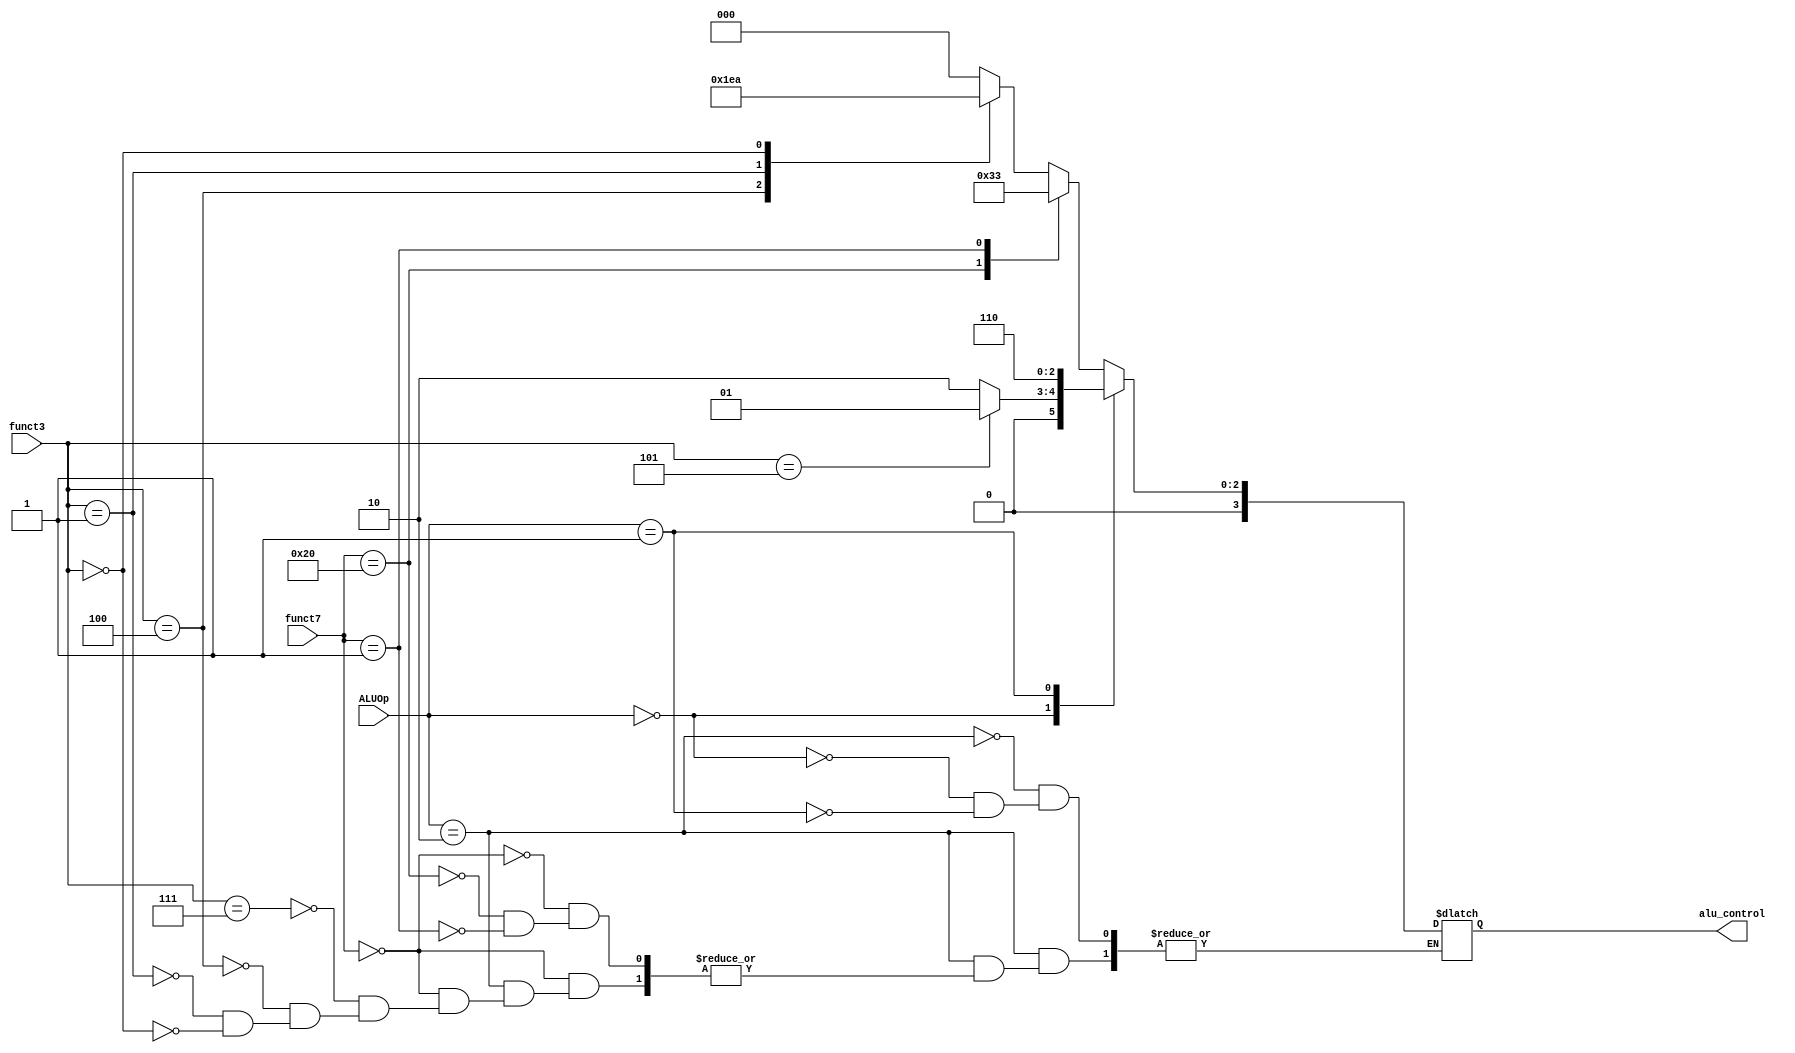
module ALU_Control
(
    ALUOp,
    funct3,
    funct7,
    alu_control
);

// Interface
input   [1:0]       ALUOp;
input   [6:0]       funct7;
input   [2:0]       funct3;
output  [3:0]       alu_control;    // currently total 8 instructions => 3 control bits

reg     [3:0]       alu_control;

always@(*) begin
    case(ALUOp)
        // r-type
        2'b10 : case(funct7)
            7'b0000000 : case(funct3)
                3'b111 : alu_control = 4'b0000;      // and
                3'b100 : alu_control = 4'b0111;      // xor
                3'b001 : alu_control = 4'b0101;      // sll
                3'b000 : alu_control = 4'b0010;      // add
            endcase
            7'b0100000 : alu_control = 4'b0110;      // sub
            7'b0000001 : alu_control = 4'b0011;      // mul
        endcase
        // i-type, lw, sw
        2'b00 : 
            // srai
            if (funct3 == 3'b101) begin
                alu_control = 4'b0001;
            end
            // addi, lw, sw
            else begin 
                alu_control = 4'b0010;  // add
            end
        // beq
        2'b01 : alu_control = 4'b0110;  // sub
    endcase
end

endmodule